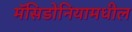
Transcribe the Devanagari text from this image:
मॅसिडोनियामधील